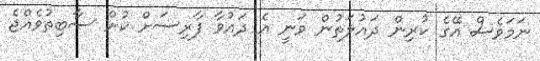
ނަމަވެސް އޭގެ ކުރިން ދައުލަތުން ވަނީ އެ ދައުވާ ފާރިސަށް ކުށް ސާބިތުވެއްޖެ